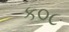
ક૦૮